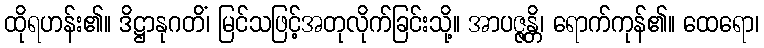
ထိုရဟန်း၏။ ဒိဋ္ဌာနုဂတိံ၊ မြင်သဖြင့်အတုလိုက်ခြင်းသို့။ အာပဇ္ဇန္တိ၊ ရောက်ကုန်၏။ ထေရော၊